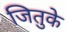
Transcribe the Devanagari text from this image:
जितुके